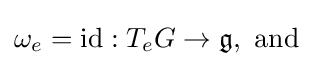
\omega _{e}=\mathrm {id} :T_{e}G\rightarrow {\mathfrak {g}},{\text{ and}}